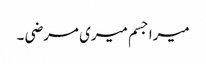
میرا جسم میری مرضی ۔